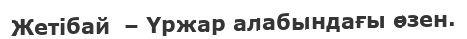
Жетібай  – Үржар алабындағы өзен.